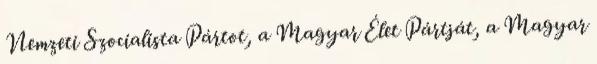
Nemzeti Szocialista Pártot, a Magyar Élet Pártját, a Magyar